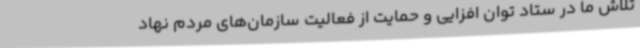
تلاش ما در ستاد توان افزایی و حمایت از فعالیت سازمان‌های مردم نهاد